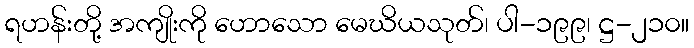
ရဟန်းတို့ အကျိုးကို ဟောသော မေဃိယသုတ်၊ ပါ-၁၉၉၊ ဋ္ဌ-၂၁၀။